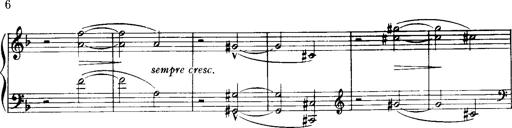
Title: Historische ungarische Bildnisse
Composer: Franz Liszt